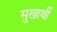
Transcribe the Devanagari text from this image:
सुखार्थी